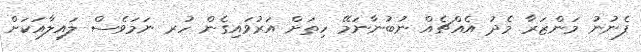
ފެނުނު މަންޒަރާ މެދު އެއްޗެއް ނުބުނާނަމޭ ހިތަށް އަރުވައިގެން ހުރ ނަމަވެސް ލައިލާއަކަށް